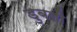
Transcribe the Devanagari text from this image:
डुबली